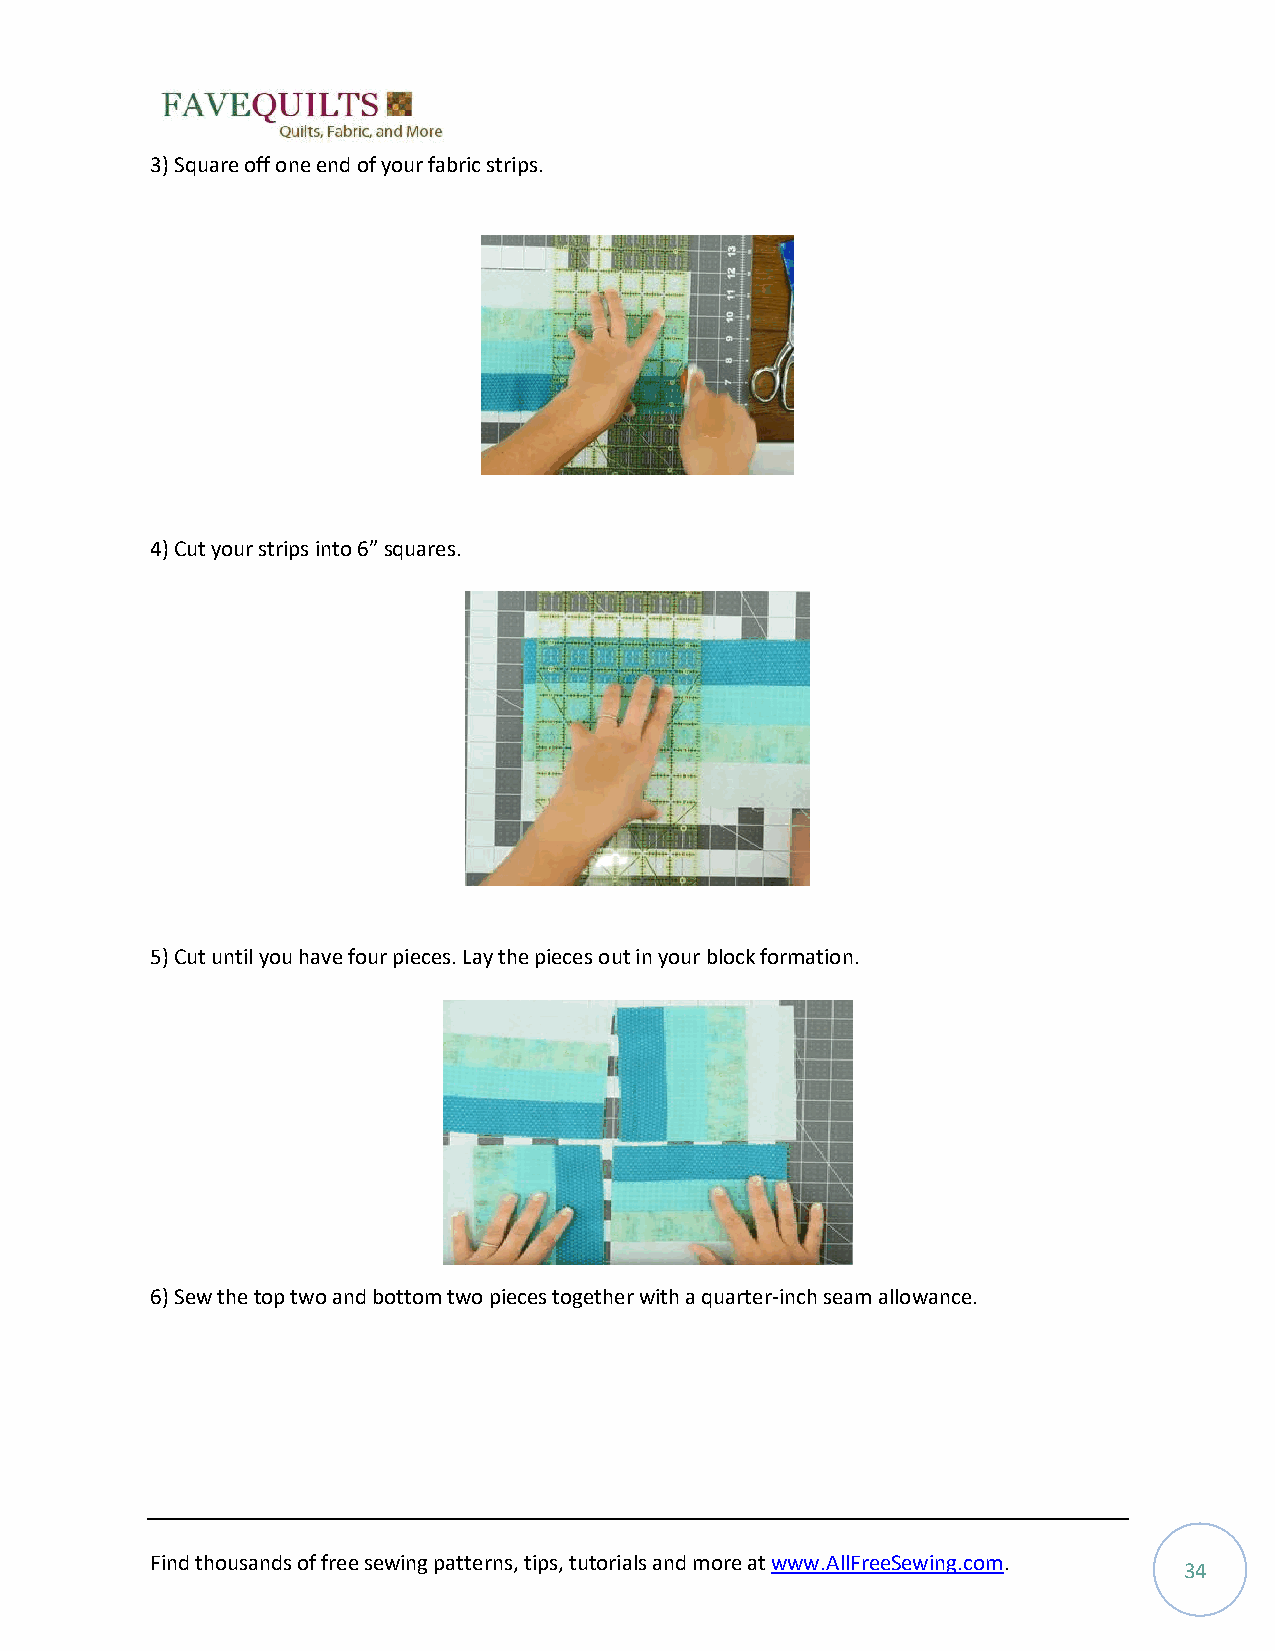
3) Square off one end of your fabric strips.
 4) Cut your strips into 6” squares.
 5) Cut until you have four pieces. Lay the pieces out in your block formation.
 6) Sew the top two and bottom two pieces together with a quarter-inch seam allowance.
 Find thousands of free sewing patterns, tips, tutorials and more at www.AllFreeSewing.com.
 34